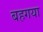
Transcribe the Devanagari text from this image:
बहगया